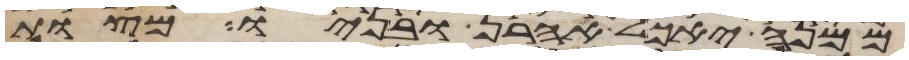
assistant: ממנה יאכל אהרן ובניו מצות